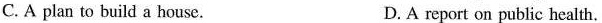
C. A plan to build a house. D. A report on public health.